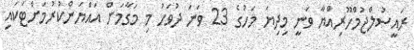
ރައީސުލްޖުމްހޫރިއްޔާ ވަނީ މިދިޔަ މަހުގެ 23 ވަނަ ދުވަހު މި މަގާމަށް އައްޔަންކުރުމަށްޓަކައި